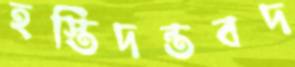
হস্তিদন্তবদ